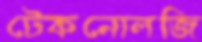
টেকনোলজি